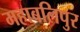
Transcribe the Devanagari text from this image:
महाबलिपुर